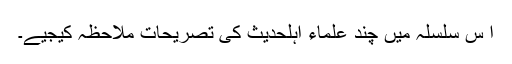
ا س سلسلہ میں چند علماء اہلحدیث کی تصریحات ملاحظہ کیجیے۔